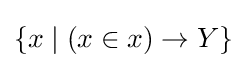
\left\{x\mid (x\in x)\to Y\right\}